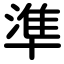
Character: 準